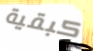
كبقية